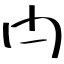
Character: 閂